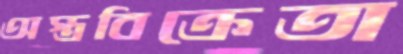
অস্ত্রবিক্রেতা